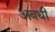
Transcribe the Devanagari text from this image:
अबधी